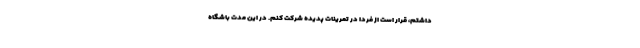
داشتم، قرار است از فردا در تمرینات پدیده شرکت کنم. در این مدت باشگاه